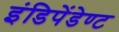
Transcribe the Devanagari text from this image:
इंडिपेंडेण्ट